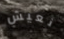
نعيش